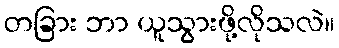
တခြား ဘာ ယူသွားဖို့လိုသလဲ။